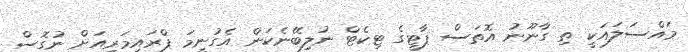
މައްސަލައަކީ ތި ގާނޫނު އޮތަސް ޕާޓީގެ ޓިކެޓް ނުލިބޭނެކަން އެގުނީމަ ޕްރައިމަރިއަށް ނުގޮސް